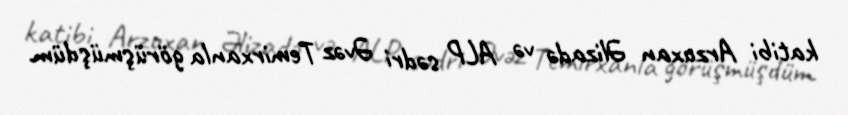
katibi Arzuxan Əlizadə və ALP sədri Əvəz Temirxanla görüşmüşdüm.